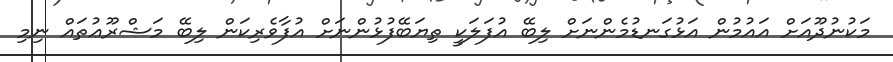
މަކުނުދޫއަށް އައުމުން އަޅުގަނޑުމެންނަށް ލިބޭ އުފަލަކީ ތިޔަބޭފުޅުންނަށް އުފާވެރިކަން ލިބޭ މަޝްރޫޢުތައް ނިމި